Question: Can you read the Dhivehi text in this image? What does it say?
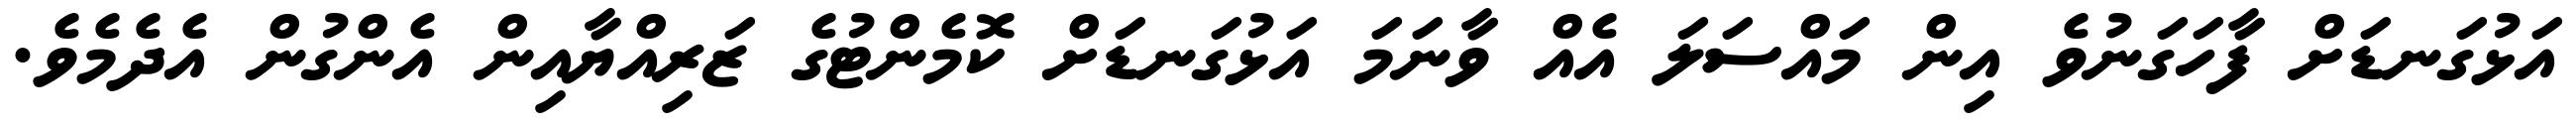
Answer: އަޅުގަނޑަށް ފާހަގަނުވެ އިން މައްސަލަ އެއް ވާނަމަ އަޅުގަނޑަށް ކޮމެންޓުގެ ޒަރިއްޔާއިން އެންގުން އެދެމެވެ.